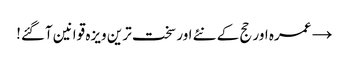
→ عمرہ اور حج کے نئے اور سخت ترین ویزہ قوانین آگئے!